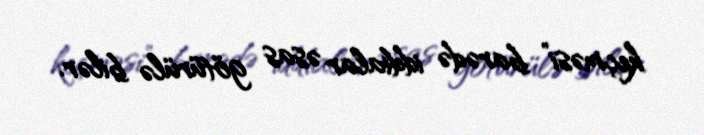
keçməsi” barədə iddialar əsas götürülə bilər.